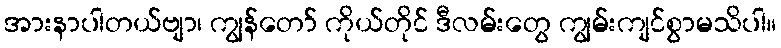
အားနာပါတယ်ဗျာ၊ ကျွန်တော် ကိုယ်တိုင် ဒီလမ်းတွေ ကျွမ်းကျင်စွာမသိပါ။